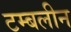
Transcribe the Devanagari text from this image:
टम्बलीन